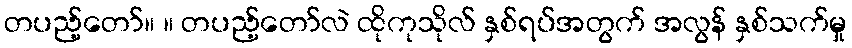
တပည့်တော်။ ။ တပည့်တော်လဲ ထိုကုသိုလ် နှစ်ရပ်အတွက် အလွန် နှစ်သက်မှု